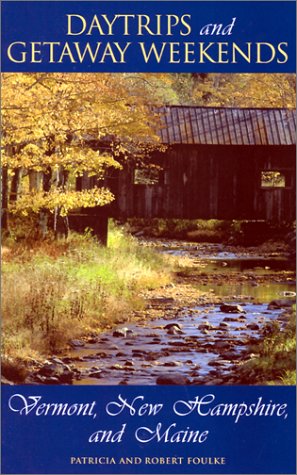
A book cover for Daytrips and Getaway Weekends in Vermont, New Hampshire, and Maine (Daytrips & Getaway Weekends in Vermont, New Hampshire, & Maine); Robert Foulke; Travel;